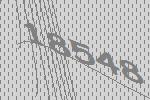
18548